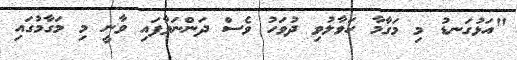
"އަޅުގަނޑު މި މަގާމާ ހަވާލުވި ދުވަހު ވެސް ދަންނަވާފައި ވާނީ މި މަގާމުގައި